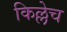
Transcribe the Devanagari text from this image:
किल्लेच